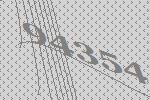
94354